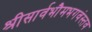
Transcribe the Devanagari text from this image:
श्रीसार्वभौमभगवंस्तव